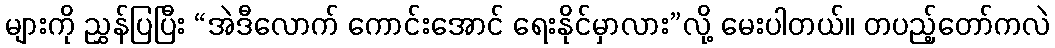
များကို ညွှန်ပြပြီး “အဲဒီလောက် ကောင်းအောင် ရေးနိုင်မှာလား”လို့ မေးပါတယ်။ တပည့်တော်ကလဲ